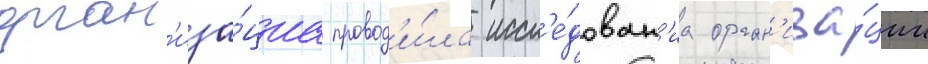
орган'иза́циа провод'и́ла иссл'е́дован'иа орган'иза́ции